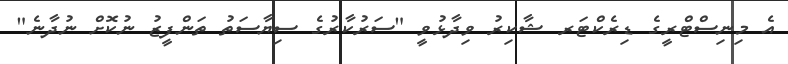
އެ މިނިސްޓްރީގެ ޑިރެކްޓަރ ޝާކިރު ވިދާޅުވީ "ސަރުކާރުގެ ސިޔާސަތު ތަންފީޒު ނުކޮށް ނުދާނެ"